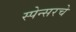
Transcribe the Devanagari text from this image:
स्पेन्सरचे